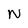
Character: N